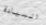
السيادة